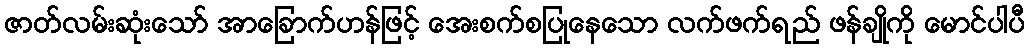
ဇာတ်လမ်းဆုံးသော် အာခြောက်ဟန်ဖြင့် အေးစက်စပြုနေသော လက်ဖက်ရည် ဖန်ချိုကို မောင်ပါပီ